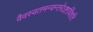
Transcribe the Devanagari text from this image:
वैवस्वतमन्वन्तरेऽष्टाविंशति